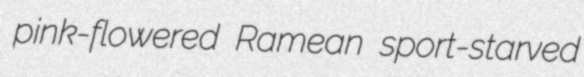
pink-flowered Ramean sport-starved